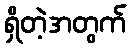
ရှိတဲ့အတွက်